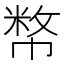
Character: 𢄞